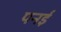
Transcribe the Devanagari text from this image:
पनई